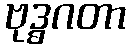
ဗုဒ္ဓဂတာ